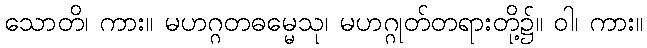
သောတိ၊ ကား။ မဟဂ္ဂတဓမ္မေသု၊ မဟဂ္ဂုတ်တရားတို့၌။ ဝါ၊ ကား။